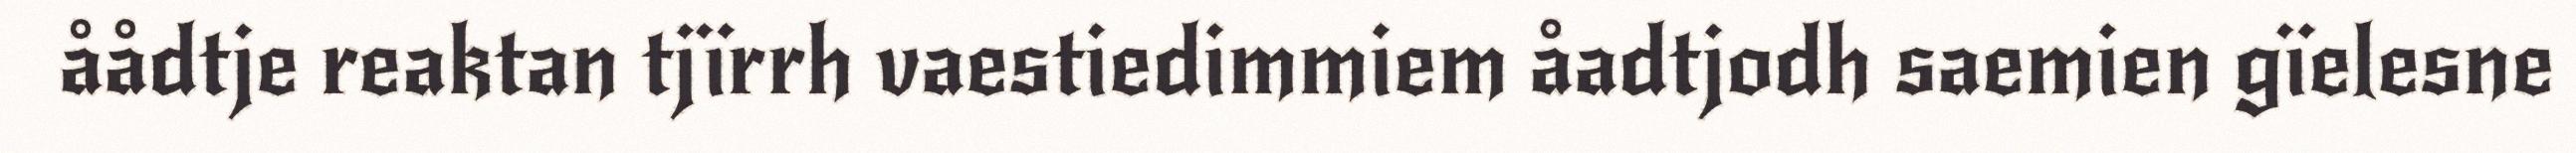
åådtje reaktan tjïrrh vaestiedimmiem åadtjodh saemien gïelesne